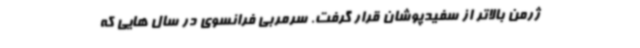
ژرمن بالاتر از سفیدپوشان قرار گرفت. سرمربی فرانسوی در سال هایی که